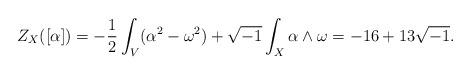
LaTeX: \begin{align*}Z_{X}([\alpha]) = -\frac{1}{2}\int_{V}(\alpha^{2}-\omega^{2})+\sqrt{-1}\int_{X}\alpha\wedge\omega= -16+13\sqrt{-1}.\end{align*}